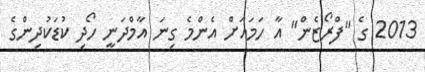
2013 ގެ "ފްރޯޒެން" އާ ހަމައަށް އެންމެ ގިނަ އާމްދަނީ ހޯދި ކުޑަކުދިންގެ